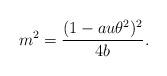
LaTeX: \begin{align*}m^2=\frac{(1-au\theta^2)^2}{4b}.\end{align*}